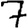
Digit: 7